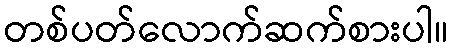
တစ်ပတ်လောက်ဆက်စားပါ။